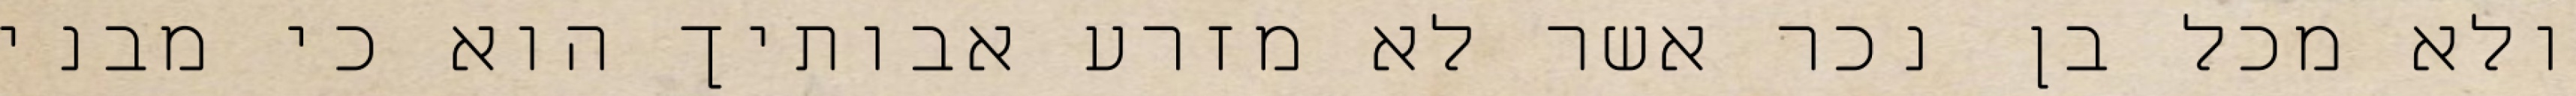
ולא מכל בן נכר אשר לא מזרע אבותיך הוא כי מבני